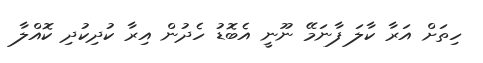
ހިތަށް އަރާ ކާލަ ފާނަމޭ ނޫނީ އެބޮޑު ހެދުން އިރާ ކުދިކުދި ކޮއްލާ